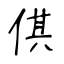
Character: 倛